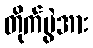
တိုက်ပွဲအား